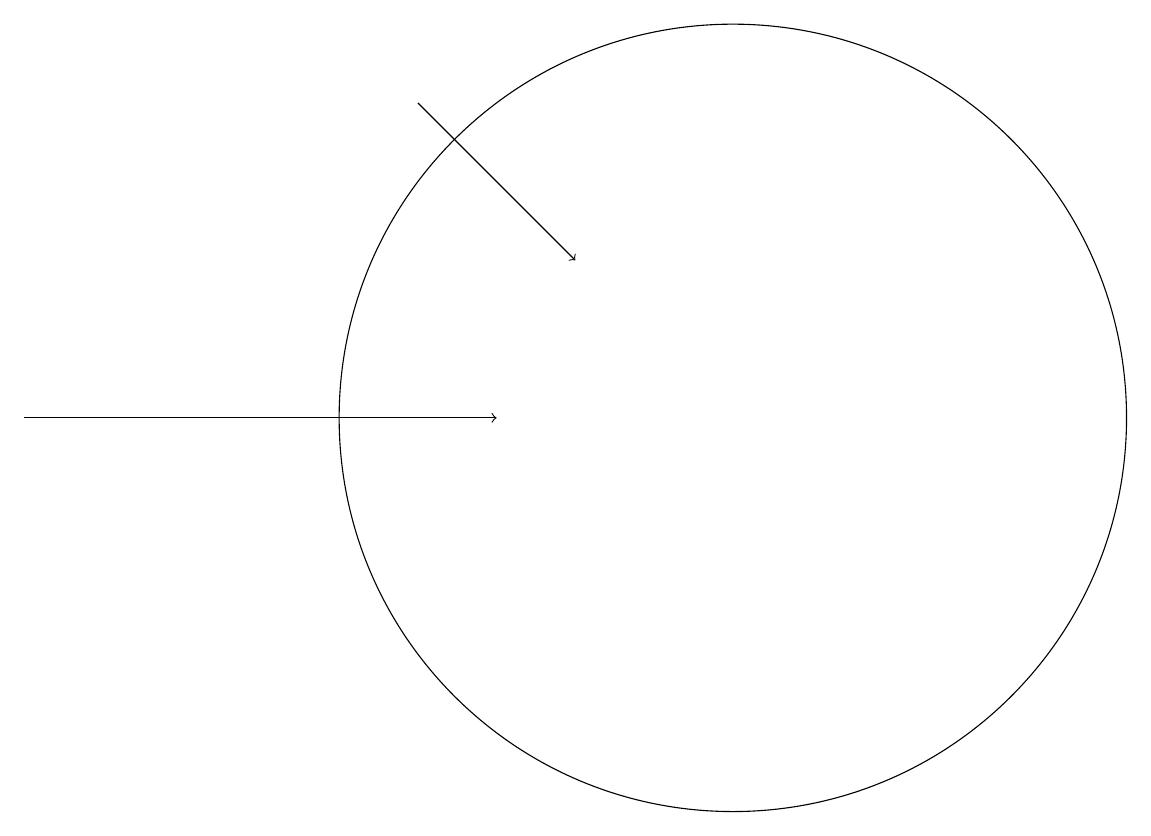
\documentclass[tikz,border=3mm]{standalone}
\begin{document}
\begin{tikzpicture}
\draw[->] (6,15) -- (8,13);
\draw[->] (1,11) -- (7,11);
\draw (10,11) circle (5);
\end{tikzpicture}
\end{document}